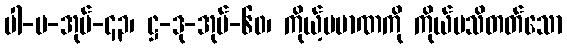
ပါ-ပ-အုပ်-၄၃၊ ဋ္ဌ-ဒု-အုပ်-၆၀၊ ကိုယ့်ပမာဏကို ကိုယ်မသိတတ်သော